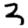
Digit: 3